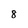
Character: 8